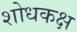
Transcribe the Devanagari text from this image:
शोधकक्ष